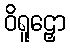
ဝိရူဠှော